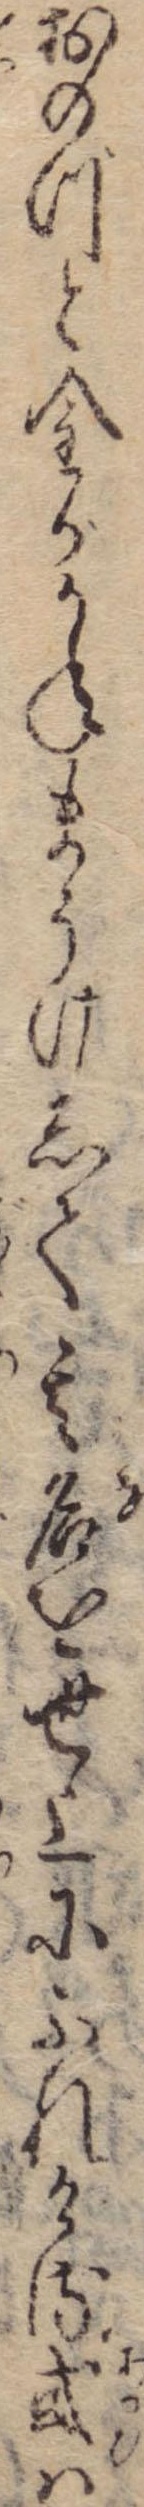
おのづと金がかねまうけして其名を世上にふれける或は